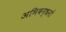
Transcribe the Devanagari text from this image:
अभिबन्धनों